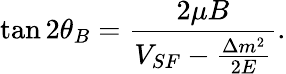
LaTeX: \tan 2\theta_{B}=\frac{2\mu B}{V_{SF}-\frac{\Delta m^{2}}{2E}}.